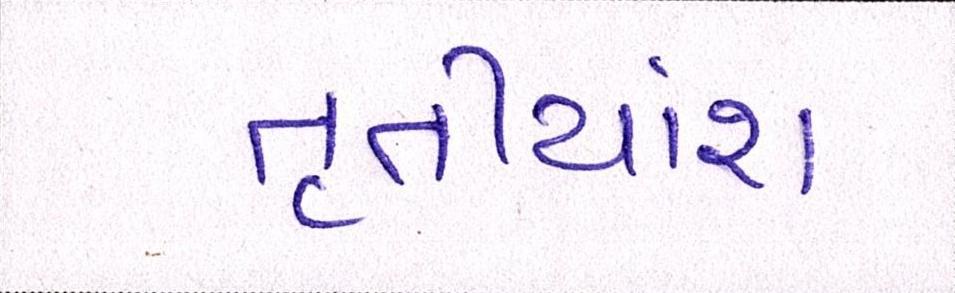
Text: તૃતીયાંશ